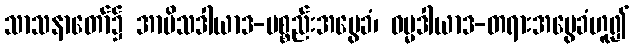
သာသနာတော်၌ အာမိသဒါယာဒ-ပစ္စည်းအမွေခံ၊ ဓမ္မဒါယာဒ-တရားအမွေခံဟူ၍